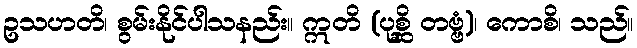
ဥသဟတိ၊ စွမ်းနိုင်ပါသနည်း။ ဣတိ (ပုစ္ဆိ တဗ္ဗံ)၊ ကောစိ၊ သည်။